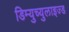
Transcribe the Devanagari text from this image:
डिम्युच्युलाइज्ड